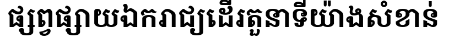
ផ្សព្វផ្សាយឯករាជ្យដើរតួនាទីយ៉ាងសំខាន់